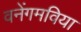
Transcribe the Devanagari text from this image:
वनेंगमविया